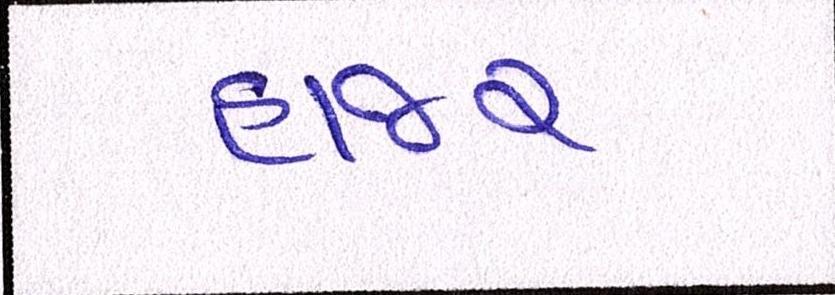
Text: હાજર